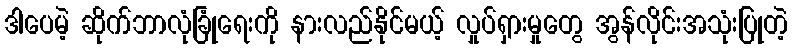
ဒါပေမဲ့ ဆိုက်ဘာလုံခြုံရေးကို နားလည်နိုင်မယ့် လှုပ်ရှားမှုတွေ အွန်လိုင်းအသုံးပြုတဲ့